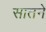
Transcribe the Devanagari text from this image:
सातने